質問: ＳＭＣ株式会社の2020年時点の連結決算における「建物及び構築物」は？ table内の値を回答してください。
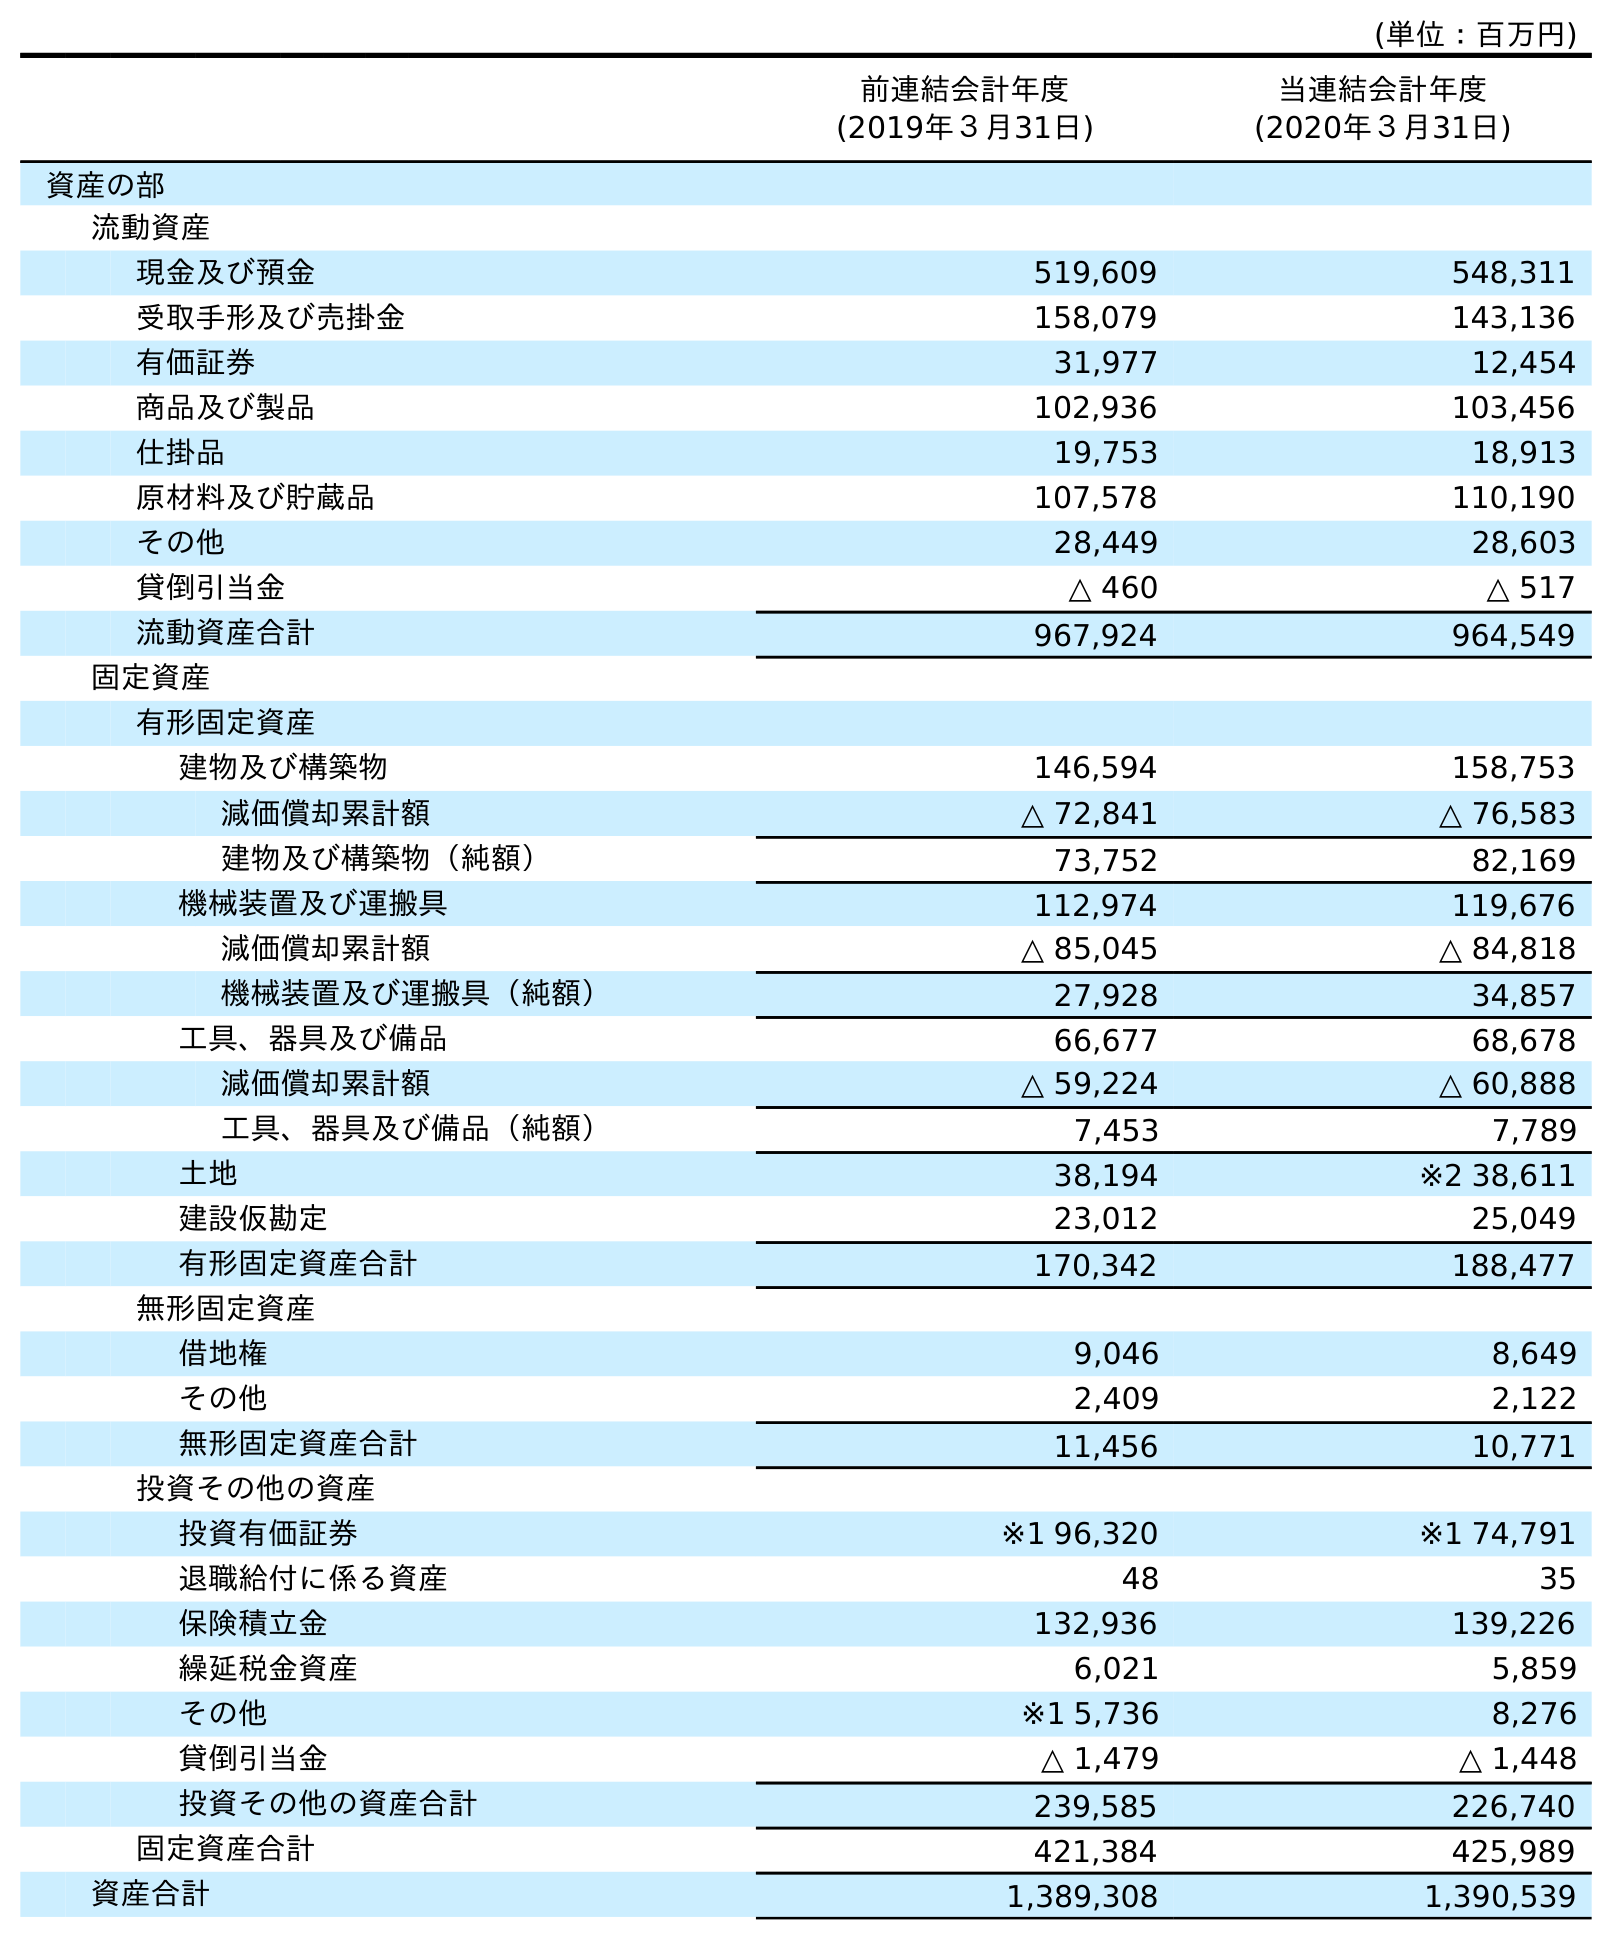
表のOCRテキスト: (単位：百万円) 前連結会計年度 (2019年３月31日) 当連結会計年度 (2020年３月31日) 資産の部 流動資産 現金及び預金 519,609 548,311 受取手形及び売掛金 158,079 143,136 有価証券 31,977 12,454 商品及び製品 102,936 103,456 仕掛品 19,753 18,913 原材料及び貯蔵品 107,578 110,190 その他 28,449 28,603 貸倒引当金 △ 460 △ 517 流動資産合計 967,924 964,549 固定資産 有形固定資産 建物及び構築物 146,594 158,753 減価償却累計額 △ 72,841 △ 76,583 建物及び構築物（純額） 73,752 82,169 機械装置及び運搬具 112,974 119,676 減価償却累計額 △ 85,045 △ 84,818 機械装置及び運搬具（純額） 27,928 34,857 工具、器具及び備品 66,677 68,678 減価償却累計額 △ 59,224 △ 60,888 工具、器具及び備品（純額） 7,453 7,789 土地 38,194 ※2 38,611 建設仮勘定 23,012 25,049 有形固定資産合計 170,342 188,477 無形固定資産 借地権 9,046 8,649 その他 2,409 2,122 無形固定資産合計 11,456 10,771 投資その他の資産 投資有価証券 ※1 96,320 ※1 74,791 退職給付に係る資産 48 35 保険積立金 132,936 139,226 繰延税金資産 6,021 5,859 その他 ※1 5,736 8,276 貸倒引当金 △ 1,479 △ 1,448 投資その他の資産合計 239,585 226,740 固定資産合計 421,384 425,989 資産合計 1,389,308 1,390,539
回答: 158,753